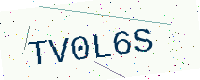
Text: TV0L6S